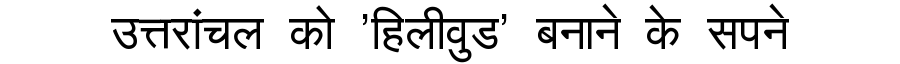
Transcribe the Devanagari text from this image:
उत्तरांचल को 'हिलीवुड' बनाने के सपने